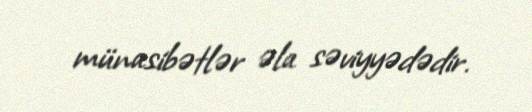
münasibətlər əla səviyyədədir.